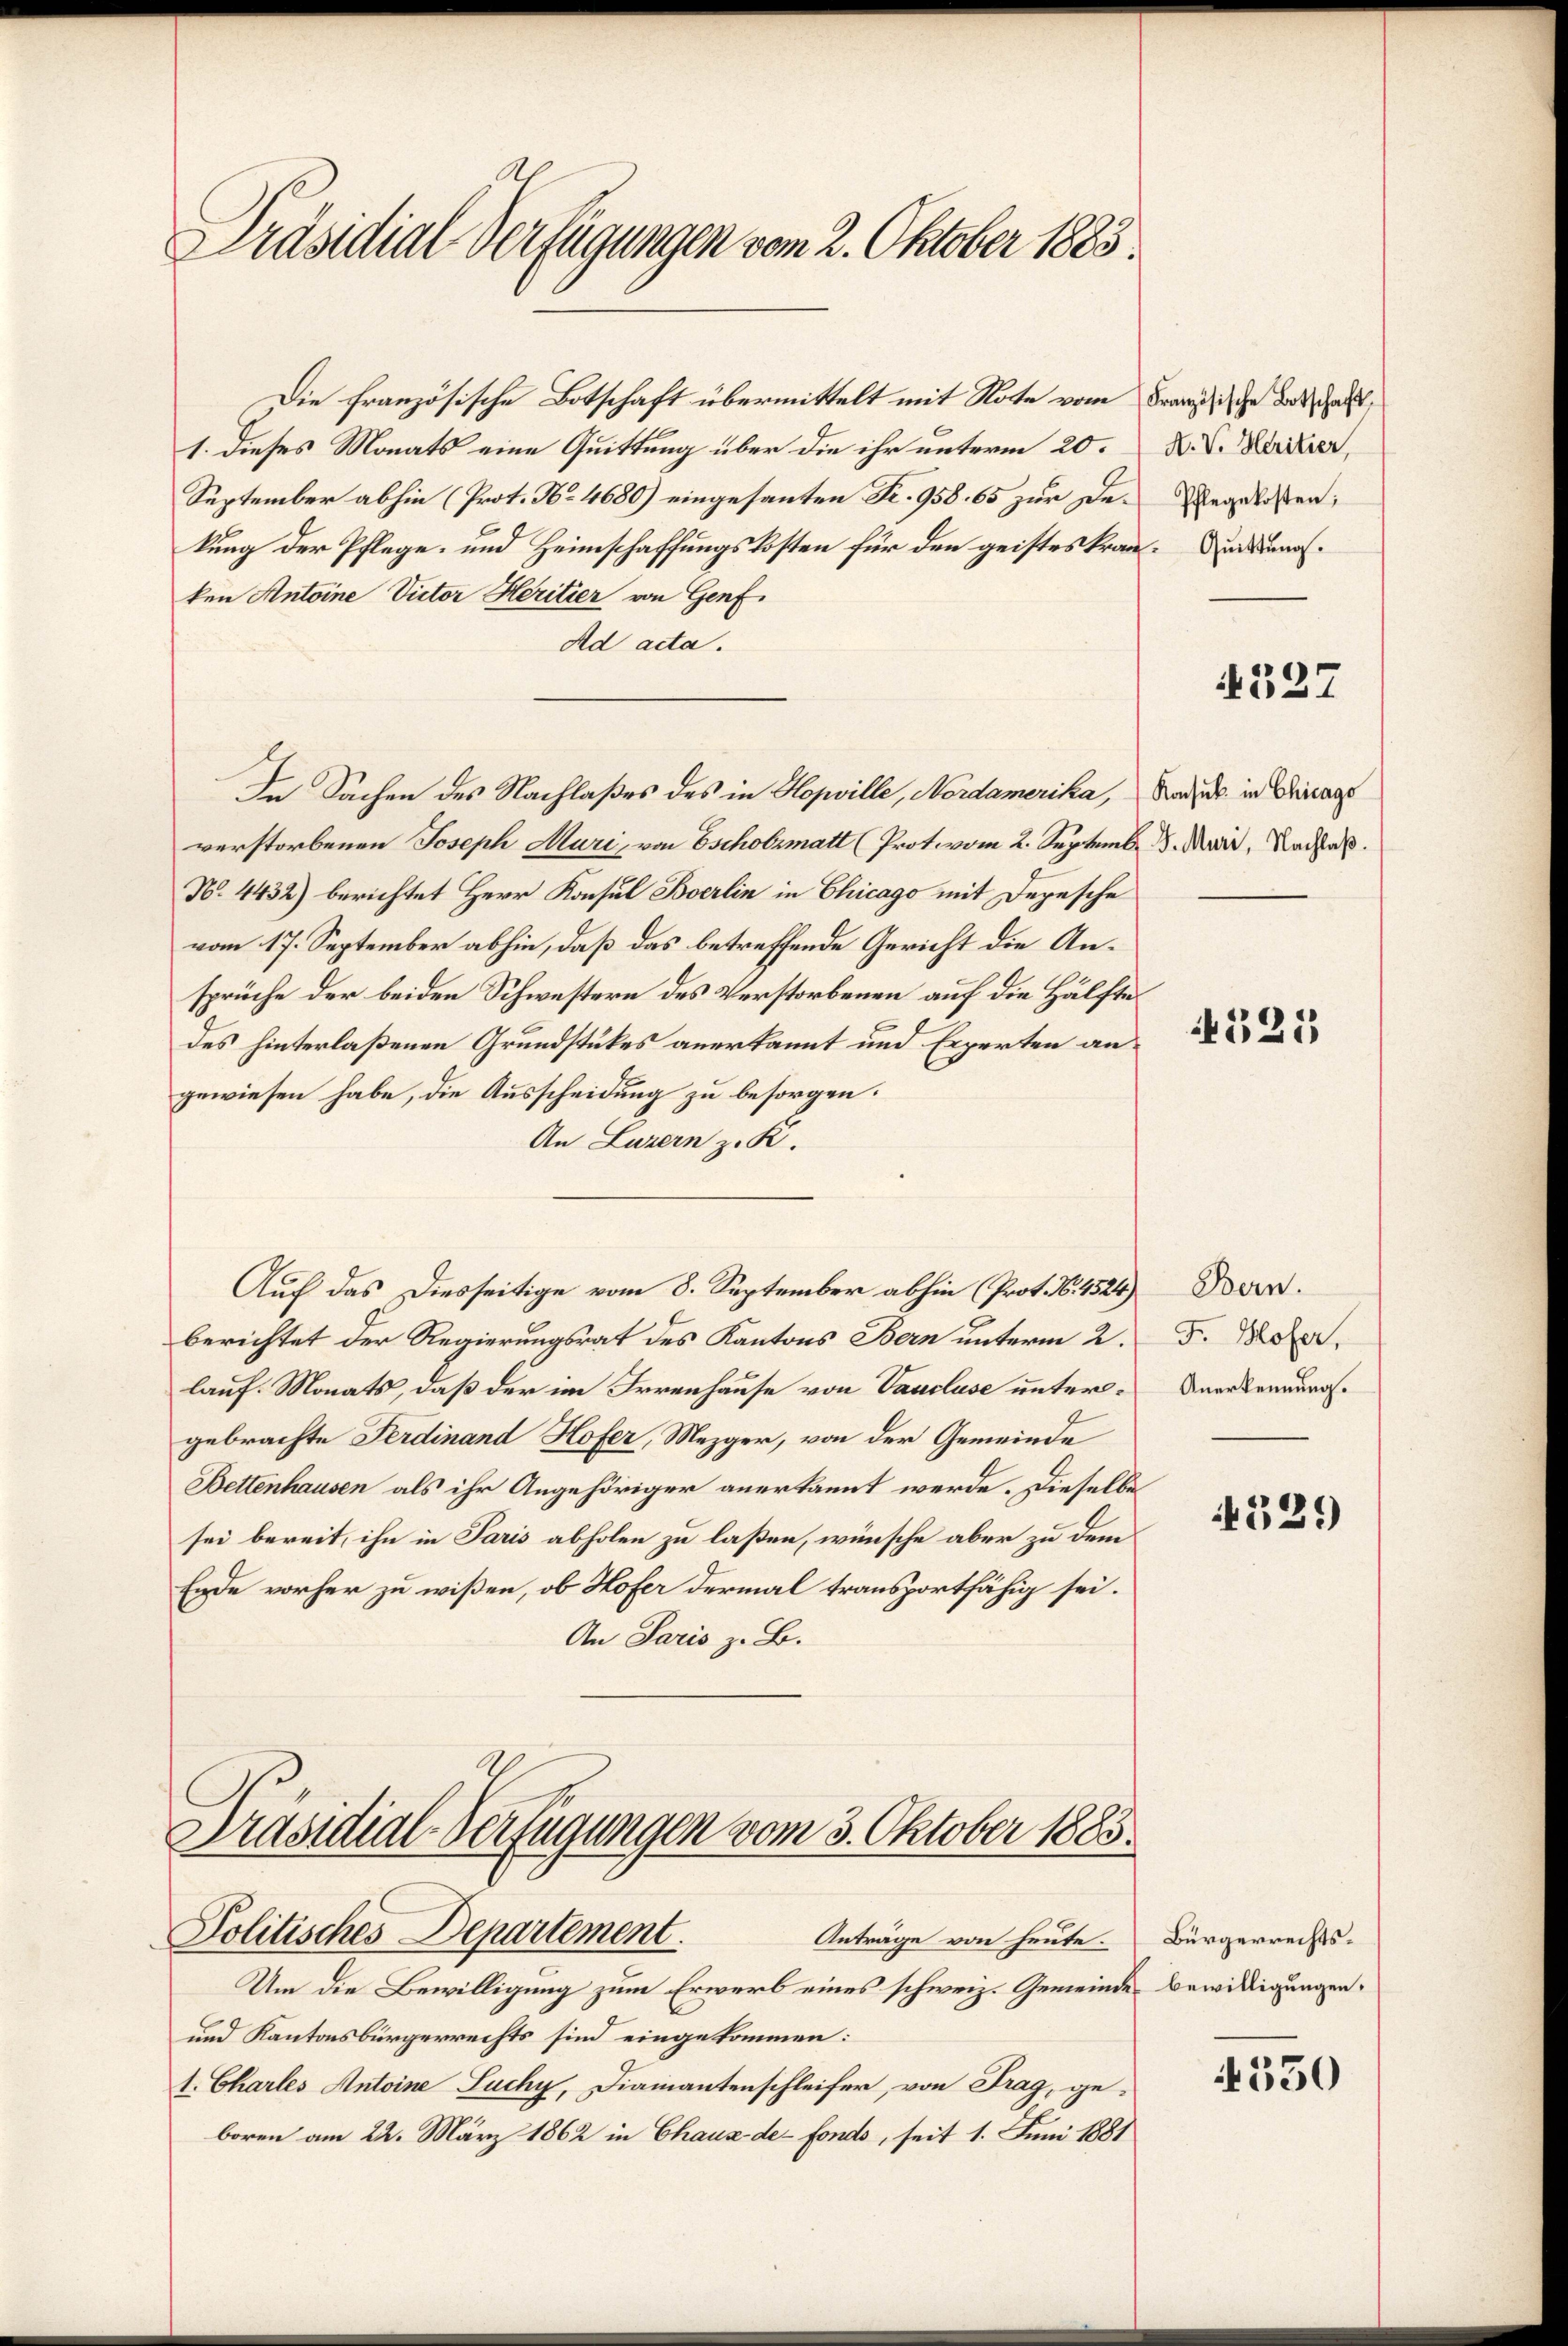
Präsidial-Verfügungen vom 2. Oktober 1883.

Die Französische Botschaft übermittelt mit Note vom
1. Dieses Monats eine Quittung über die ihr unterm 20.
September abhin (Prot. No 4680) eingesanten Fr. 958. 65 zur De-Regelaßen;
kung der Pflege- und Heimschaffungskosten für den geistes krankungsken Antoine Victor Heritier von Genf
Ad acta.
verstorbenen Joseph Mari, von Escholzmatt (Prot. vom 2. Septemb. 8. Mai, Nacha
N. 4432) berichtet Herr Konsul Boerlin in Chicago mit Depesche
vom 17. September abhin, daß das betreffende Gericht die Ansprüche der beiden Schwestern des Verstorbenen auf die Hälfte
des hinterlaßenen Grundstükes anerkannt und Experten angewiesen habe, die Ausscheidung zu besorgen.
An Luzern z. K.
Auf das Diesseitige vom 8. September abhin (Prot. No. 4524)
berichtet der Regierungsrat des Kantons Bern unterm 2.
lauf. Monats, daß der im Irrenhause von Vaucluse untergebrachte Ferdinand Hofer, Mezger, von der Gemeinde
Bettenhausen als ihr Angehöriger anerkannt werde. Dieselbe
sei bereit, ihn in Paris abholen zu laßen, wünsche aber zu dem
Ende vorher zu wißen, ob Hofer dermal transportfähig sei.
An Paris z. B.

In Sachen des Nachlaßes des in Hopville, Nordamerika, Rades in Vicars

Präsidial-Verfügungen vom 3. Oktober 1883.
Politisches Departement.
Anträge von heute.

Um die Bewilligung zum Erwerb eines schweiz. Gemeinde Bewilligungen
und Kantonsbürgerrechts sind eingekommen:
1. Charles Antoine Luchy, Diamantenschleifer, von Frag, geboren am 22. März 1862 in Chaus der Fonds, seit 1. Juni 1881

Französische Botschaft,
A. V. Heritier,

Bern.
F. Hofer,
Anerkennung.

f

4327

525

4329

Bürgerrechts¬

550